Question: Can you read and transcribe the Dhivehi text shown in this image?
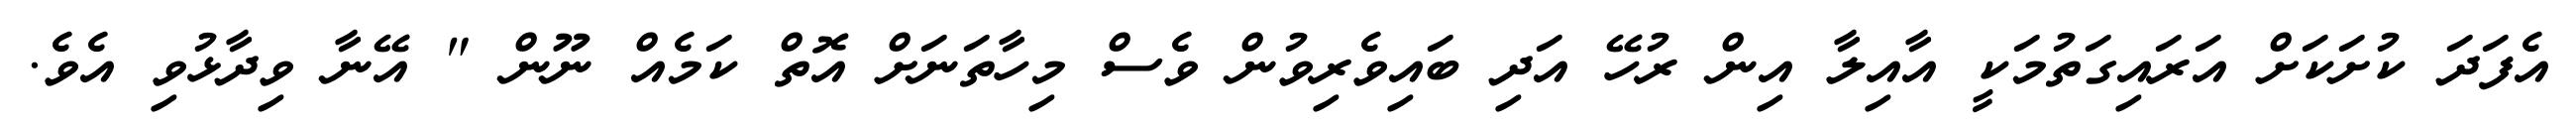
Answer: އެފަދަ ކުށަކަށް އަރައިގަތުމަކީ އާއިލާ އިން ރުހޭ އަދި ބައިވެރިވުން ވެސް މިހާތަނަށް އޮތް ކަމެއް ނޫން " އޭނާ ވިދާޅުވި އެވެ.